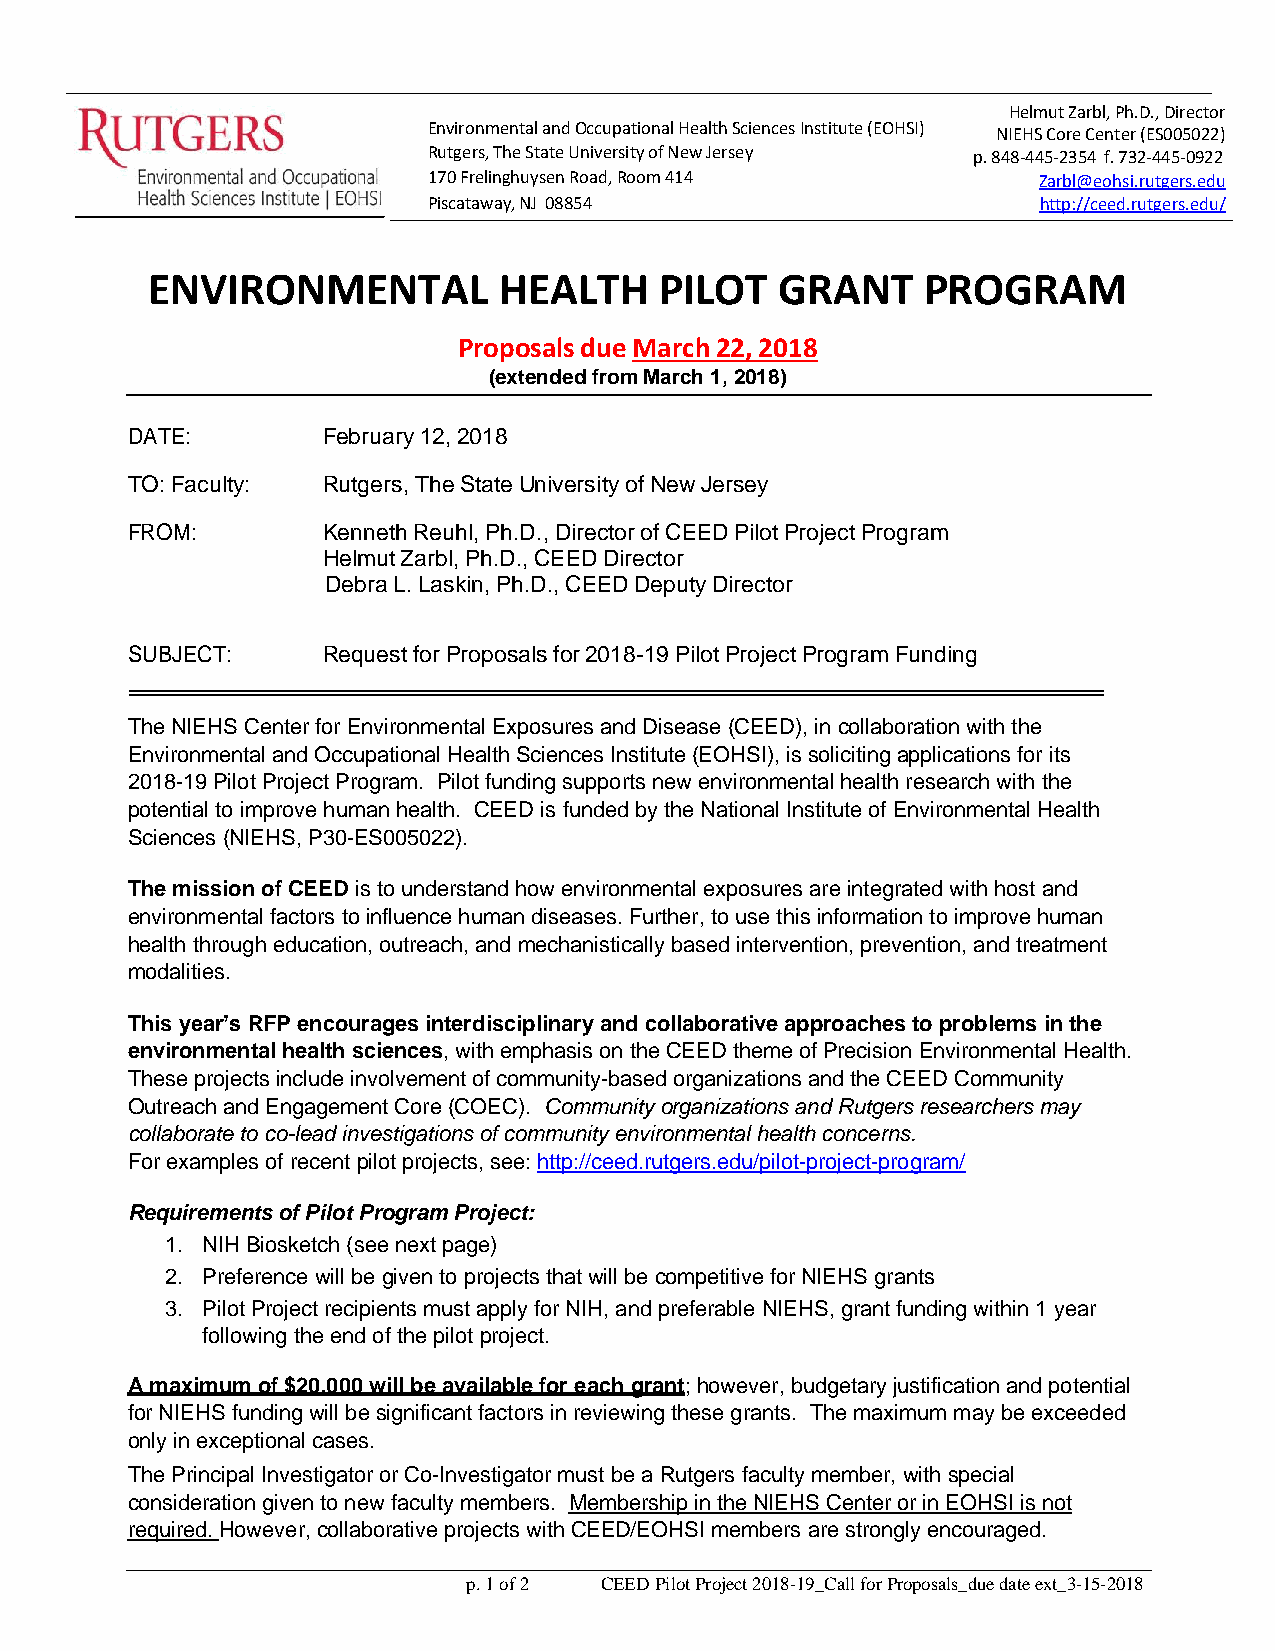
Helmut Zarbl, Ph.D., Director
 Environmental and Occupational Health Sciences Institute (EOHSI) NIEHS Core Center (ES005022)
 Rutgers, The State University of New Jersey p. 848-445-2354 f. 732-445-0922
 170 Frelinghuysen Road, Room 414         Zarbl@eohsi.rutgers.edu
 Piscataway, NJ 08854                     http://ceed.rutgers.edu/
 ENVIRONMENTAL          HEALTH     PILOT   GRANT    PROGRAM
 Proposals due March 22, 2018
 (extended from March 1, 2018)
 DATE:        February 12, 2018
 TO: Faculty: Rutgers, The State University of New Jersey
 FROM:        Kenneth Reuhl, Ph.D., Director of CEED Pilot Project Program
 Helmut Zarbl, Ph.D., CEED Director
 Debra L. Laskin, Ph.D., CEED Deputy Director
 SUBJECT:     Request for Proposals for 2018-19 Pilot Project Program Funding
 The NIEHS Center for Environmental Exposures and Disease (CEED), in collaboration with the
 Environmental and Occupational Health Sciences Institute (EOHSI), is soliciting applications for its
 2018-19 Pilot Project Program. Pilot funding supports new environmental health research with the
 potential to improve human health. CEED is funded by the National Institute of Environmental Health
 Sciences (NIEHS, P30-ES005022).
 The mission of CEED is to understand how environmental exposures are integrated with host and
 environmental factors to influence human diseases. Further, to use this information to improve human
 health through education, outreach, and mechanistically based intervention, prevention, and treatment
 modalities.
 This year’s RFP encourages interdisciplinary and collaborative approaches to problems in the
 environmental health sciences, with emphasis on the CEED theme of Precision Environmental Health.
 These projects include involvement of community-based organizations and the CEED Community
 Outreach and Engagement Core (COEC). Community organizations and Rutgers researchers may
 collaborate to co-lead investigations of community environmental health concerns.
 For examples of recent pilot projects, see: http://ceed.rutgers.edu/pilot-project-program/
 Requirements of Pilot Program Project:
 1. NIH Biosketch (see next page)
 2. Preference will be given to projects that will be competitive for NIEHS grants
 3. Pilot Project recipients must apply for NIH, and preferable NIEHS, grant funding within 1 year
 following the end of the pilot project.
 A maximum of $20,000 will be available for each grant; however, budgetary justification and potential
 for NIEHS funding will be significant factors in reviewing these grants. The maximum may be exceeded
 only in exceptional cases.
 The Principal Investigator or Co-Investigator must be a Rutgers faculty member, with special
 consideration given to new faculty members. Membership in the NIEHS Center or in EOHSI is not
 required. However, collaborative projects with CEED/EOHSI members are strongly encouraged.
 p. 1 of 2 CEED Pilot Project 2018-19_Call for Proposals_due date ext_3-15-2018